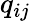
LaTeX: q_{ij}